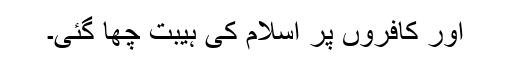
اور کافروں پر اسلام کی ہیبت چھا گئی۔